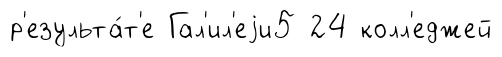
р'езульта́т'е Гал'ил'еjи5 24 колл'еджей